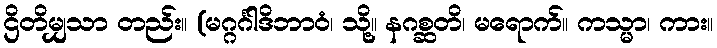
ဌိတိမျှသာ တည်း။ (မဂ္ဂင်္ဂါဒိဘာဝံ၊ သို့။ နဂစ္ဆတိ၊ မရောက်။ ကသ္မာ၊ ကား။